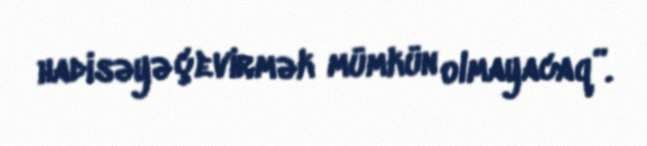
hadisəyə çevirmək mümkün olmayacaq”.